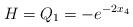
LaTeX: \begin{align*}H=Q_1=-e^{-2 x_4}\end{align*}